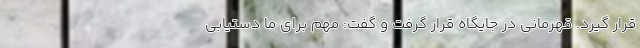
قرار گیرد. قهرمانی در جایگاه قرار گرفت و گفت: مهم برای ما دستیابی